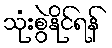
သုံးစွဲနိုင်ရန်